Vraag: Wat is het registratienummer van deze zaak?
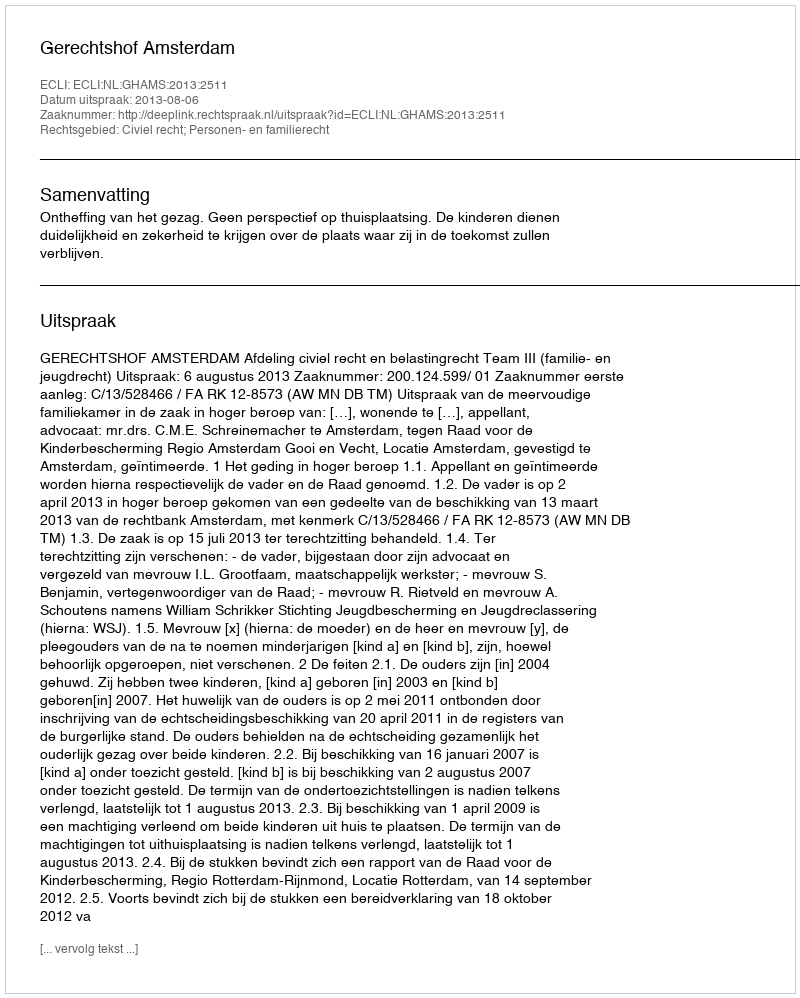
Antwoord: http://deeplink.rechtspraak.nl/uitspraak?id=ECLI:NL:GHAMS:2013:2511